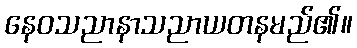
နေဝသညာနာသညာယတနမည်၏။